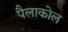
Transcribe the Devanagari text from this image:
पैलाकोल